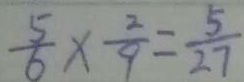
\frac { 5 } { 6 } \times \frac { 2 } { 9 } = \frac { 5 } { 2 7 }